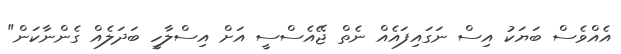
އެއްވެސް ބަޔަކު އިސް ނަގައިފައެއް ނެތް ޖޭއެސްސީ އަށް އިސްލާހީ ބަދަލެއް ގެންނާކަން"